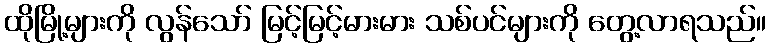
ထိုမြို့များကို လွန်သော် မြင့်မြင့်မားမား သစ်ပင်များကို တွေ့လာရသည်။